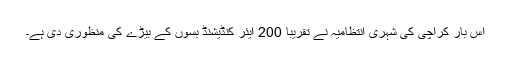
اس بار کراچی کی شہری انتظامیہ نے تقریباً 200 ایئر کنڈیشنڈ بسوں کے بیڑے کی منظوری دی ہے۔